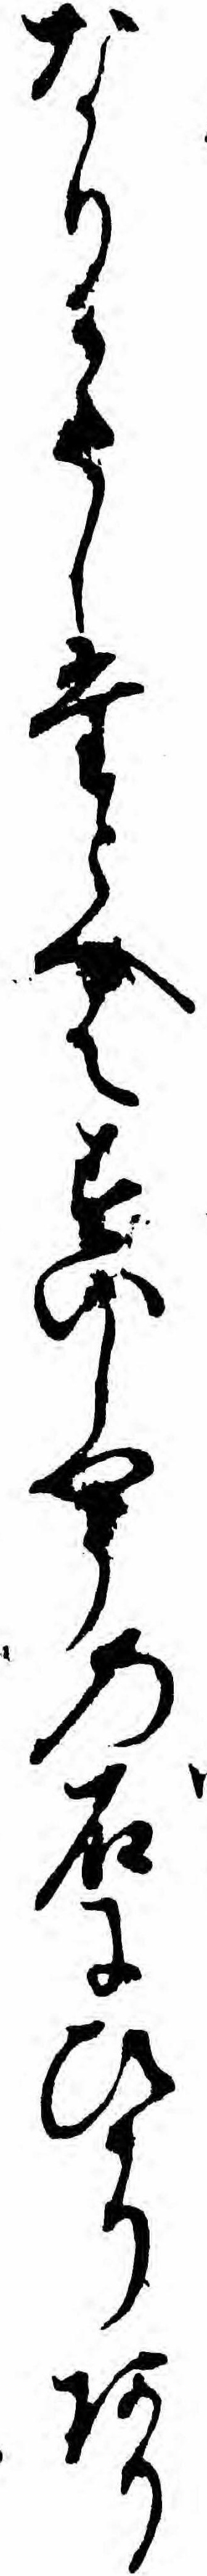
なりかたしたとへはすいしやうの石にひかりあり